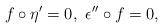
LaTeX: \begin{align*}f\circ \eta' = 0, \ \epsilon'' \circ f = 0,\end{align*}